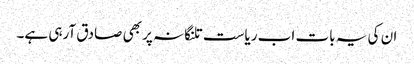
ان کی یہ بات اب ریاست تلنگانہ پر بھی صادق آرہی ہے۔